Report of cholera committee
Disease focus: Cholera
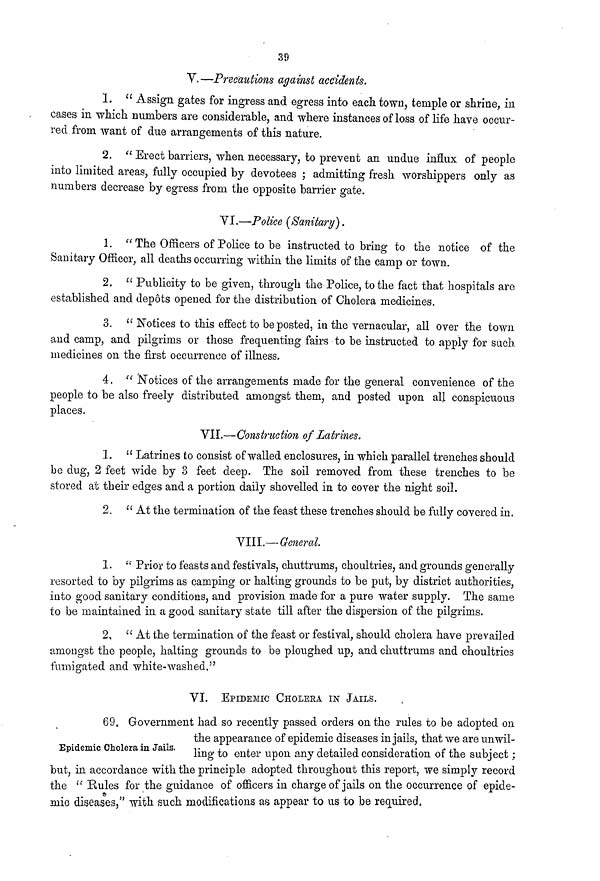
39
V.—Precautions against accidents.
1. " Assign gates for ingress and egress into each town, temple or shrine, in
cases in which numbers are considerable, and where instances of loss of life have occur-
red from want of due arrangements of this nature.
2. " Erect barriers, when necessary, to prevent an undue influx of people
into limited areas, fully occupied by devotees ; admitting fresh worshippers only as
numbers decrease by egress from the opposite barrier gate.
VI.—Police (Sanitary).
1. " The Officers of Police to be instructed to bring to the notice of the
Sanitary Officer, all deaths occurring within the limits of the camp or town.
2. " Publicity to be given, through the Police, to the fact that hospitals are
established and depots opened for the distribution of Cholera medicines.
3. " Notices to this effect to be posted, in the vernacular, all over the town
and camp, and pilgrims or those frequenting fairs to be instructed to apply for such
medicines on the first occurrence of illness.
4. " Notices of the arrangements made for the general convenience of the
people to be also freely distributed amongst them, and posted upon all conspicuous
places.
VII.—Construction of Latrines.
1. " Latrines to consist of walled enclosures, in which parallel trenches should
be dug, 2 feet wide by 3 feet deep. The soil removed from these trenches to be
stored at their edges and a portion daily shovelled in to cover the night soil.
2. "At the termination of the feast these trenches should be fully covered in.
VIII.— General.
1. " Prior to feasts and festivals, chuttrums, choultries, and grounds generally
resorted to by pilgrims as camping or halting grounds to be put, by district authorities,
into good sanitary conditions, and provision made for a pure water supply. The same
to be maintained in a good sanitary state till after the dispersion of the pilgrims.
2, "At the termination of the feast or festival, should cholera have prevailed
amongst the people, halting grounds to be ploughed up, and chuttrums and choultries
fumigated and white-washed."
VI.
EPIDEMIC CHOLERA IN JAILS.
Epidemic Cholera in Jails.
69. Government had so recently passed orders on the rules to be adopted on
the appearance of epidemic diseases in jails, that we are unwil-
ling to enter upon any detailed consideration of the subject ;
but, in accordance with the principle adopted throughout this report, we simply record
the " Rules for the guidance of officers in charge of jails on the occurrence of epide-
mic diseases," with such modifications as appear to us to be required.